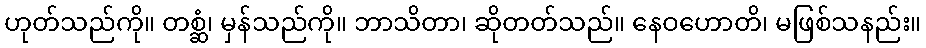
ဟုတ်သည်ကို။ တစ္ဆံ၊ မှန်သည်ကို။ ဘာသိတာ၊ ဆိုတတ်သည်။ နေဝဟောတိ၊ မဖြစ်သနည်း။